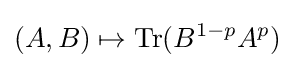
(A,B)\mapsto \operatorname {Tr} (B^{1-p}A^{p})